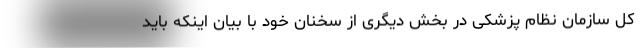
کل سازمان نظام پزشکی در بخش دیگری از سخنان خود با بیان اینکه باید